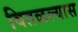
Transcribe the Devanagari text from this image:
वितळल्यास